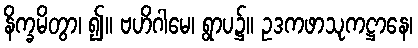
နိက္ခမိတွာ၊ ၍။ ဗဟိဂါမေ၊ ရွာပ၌။ ဥဒကဖာသုကဋ္ဌာနေ၊